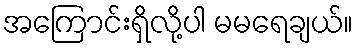
အကြောင်းရှိလို့ပါ မမရေချယ်။